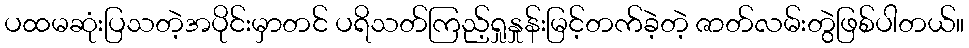
ပထမဆုံးပြသတဲ့အပိုင်းမှာတင် ပရိသတ်ကြည့်ရှုနှုန်းမြင့်တက်ခဲ့တဲ့ ဇာတ်လမ်းတွဲဖြစ်ပါတယ်။